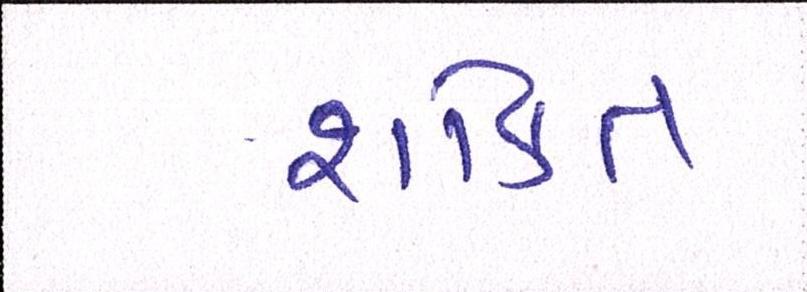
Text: શકિત